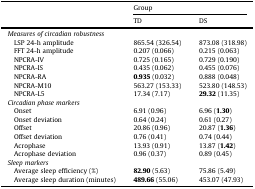
| <ROWSPAN=2>  | <COLSPAN=2> Group |
 | TD | DS |
 | --- | --- | --- |
 | <COLSPAN=3> Measures of circadian robustness |
 | LSP 24-h amplitude | 865.54 (326.54) | 873.08 (318.98) |
 | FFT 24-h amplitude | 0.207 (0.066) | 0.215 (0.063) |
 | NPCRA-IV | 0.725 (0.165) | 0.729 (0.190) |
 | NPCRA-IS | 0.435 (0.062) | 0.455 (0.076) |
 | NPCRA-RA | 0.935 (0.032) | 0.888 (0.048) |
 | NPCRA-M10 | 563.27 (153.33) | 523.80 (148.53) |
 | NPCRA-L5 | 17.34 (7.17) | 29.32 (11.35) |
 | <COLSPAN=3> Circadian phase markers |
 | Onset | 6.91 (0.96) | 6.96 (1.30) |
 | Onset deviation | 0.64 (0.24) | 0.61 (0.27) |
 | Offset | 20.86 (0.96) | 20.87 (1.36) |
 | Offset deviation | 0.76 (0.41) | 0.74 (0.44) |
 | Acrophase | 13.93 (0.91) | 13.87 (1.42) |
 | Acrophase deviation | 0.96 (0.37) | 0.89 (0.45) |
 | <COLSPAN=3> Sleep markers |
 | Average sleep efficiency (%) | 82.90 (5.63) | 75.86 (5.49) |
 | Average sleep duration (minutes) | 489.66 (55.06) | 453.07 (47.93) |